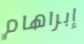
إبراهام